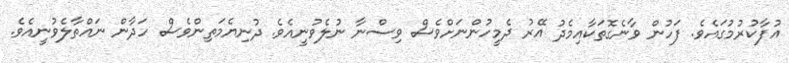
އުފާކުރުމުގައެވެ. ފަހުން ވާނެގޮތަކާއިމެދު އޭރު ދެމީހުންނަށްވެސް ވިސްނާ ނުލެވުނީއެވެ. ދުނިޔެމަތިންވެސް ހަދާން ނައްތާލެވުނީއެވެ.